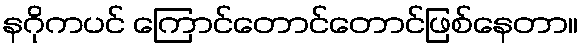
နဂိုကပင် ကြောင်တောင်တောင်ဖြစ်နေတာ။